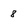
Character: 8